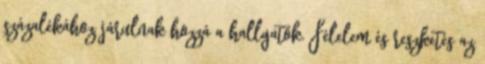
százalékához járulnak hozzá a hallgatók. Félelem és reszketés az